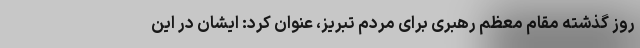
روز گذشته مقام معظم رهبری برای مردم تبریز، عنوان کرد: ایشان در این